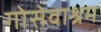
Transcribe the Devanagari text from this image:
गोसेवाश्रम